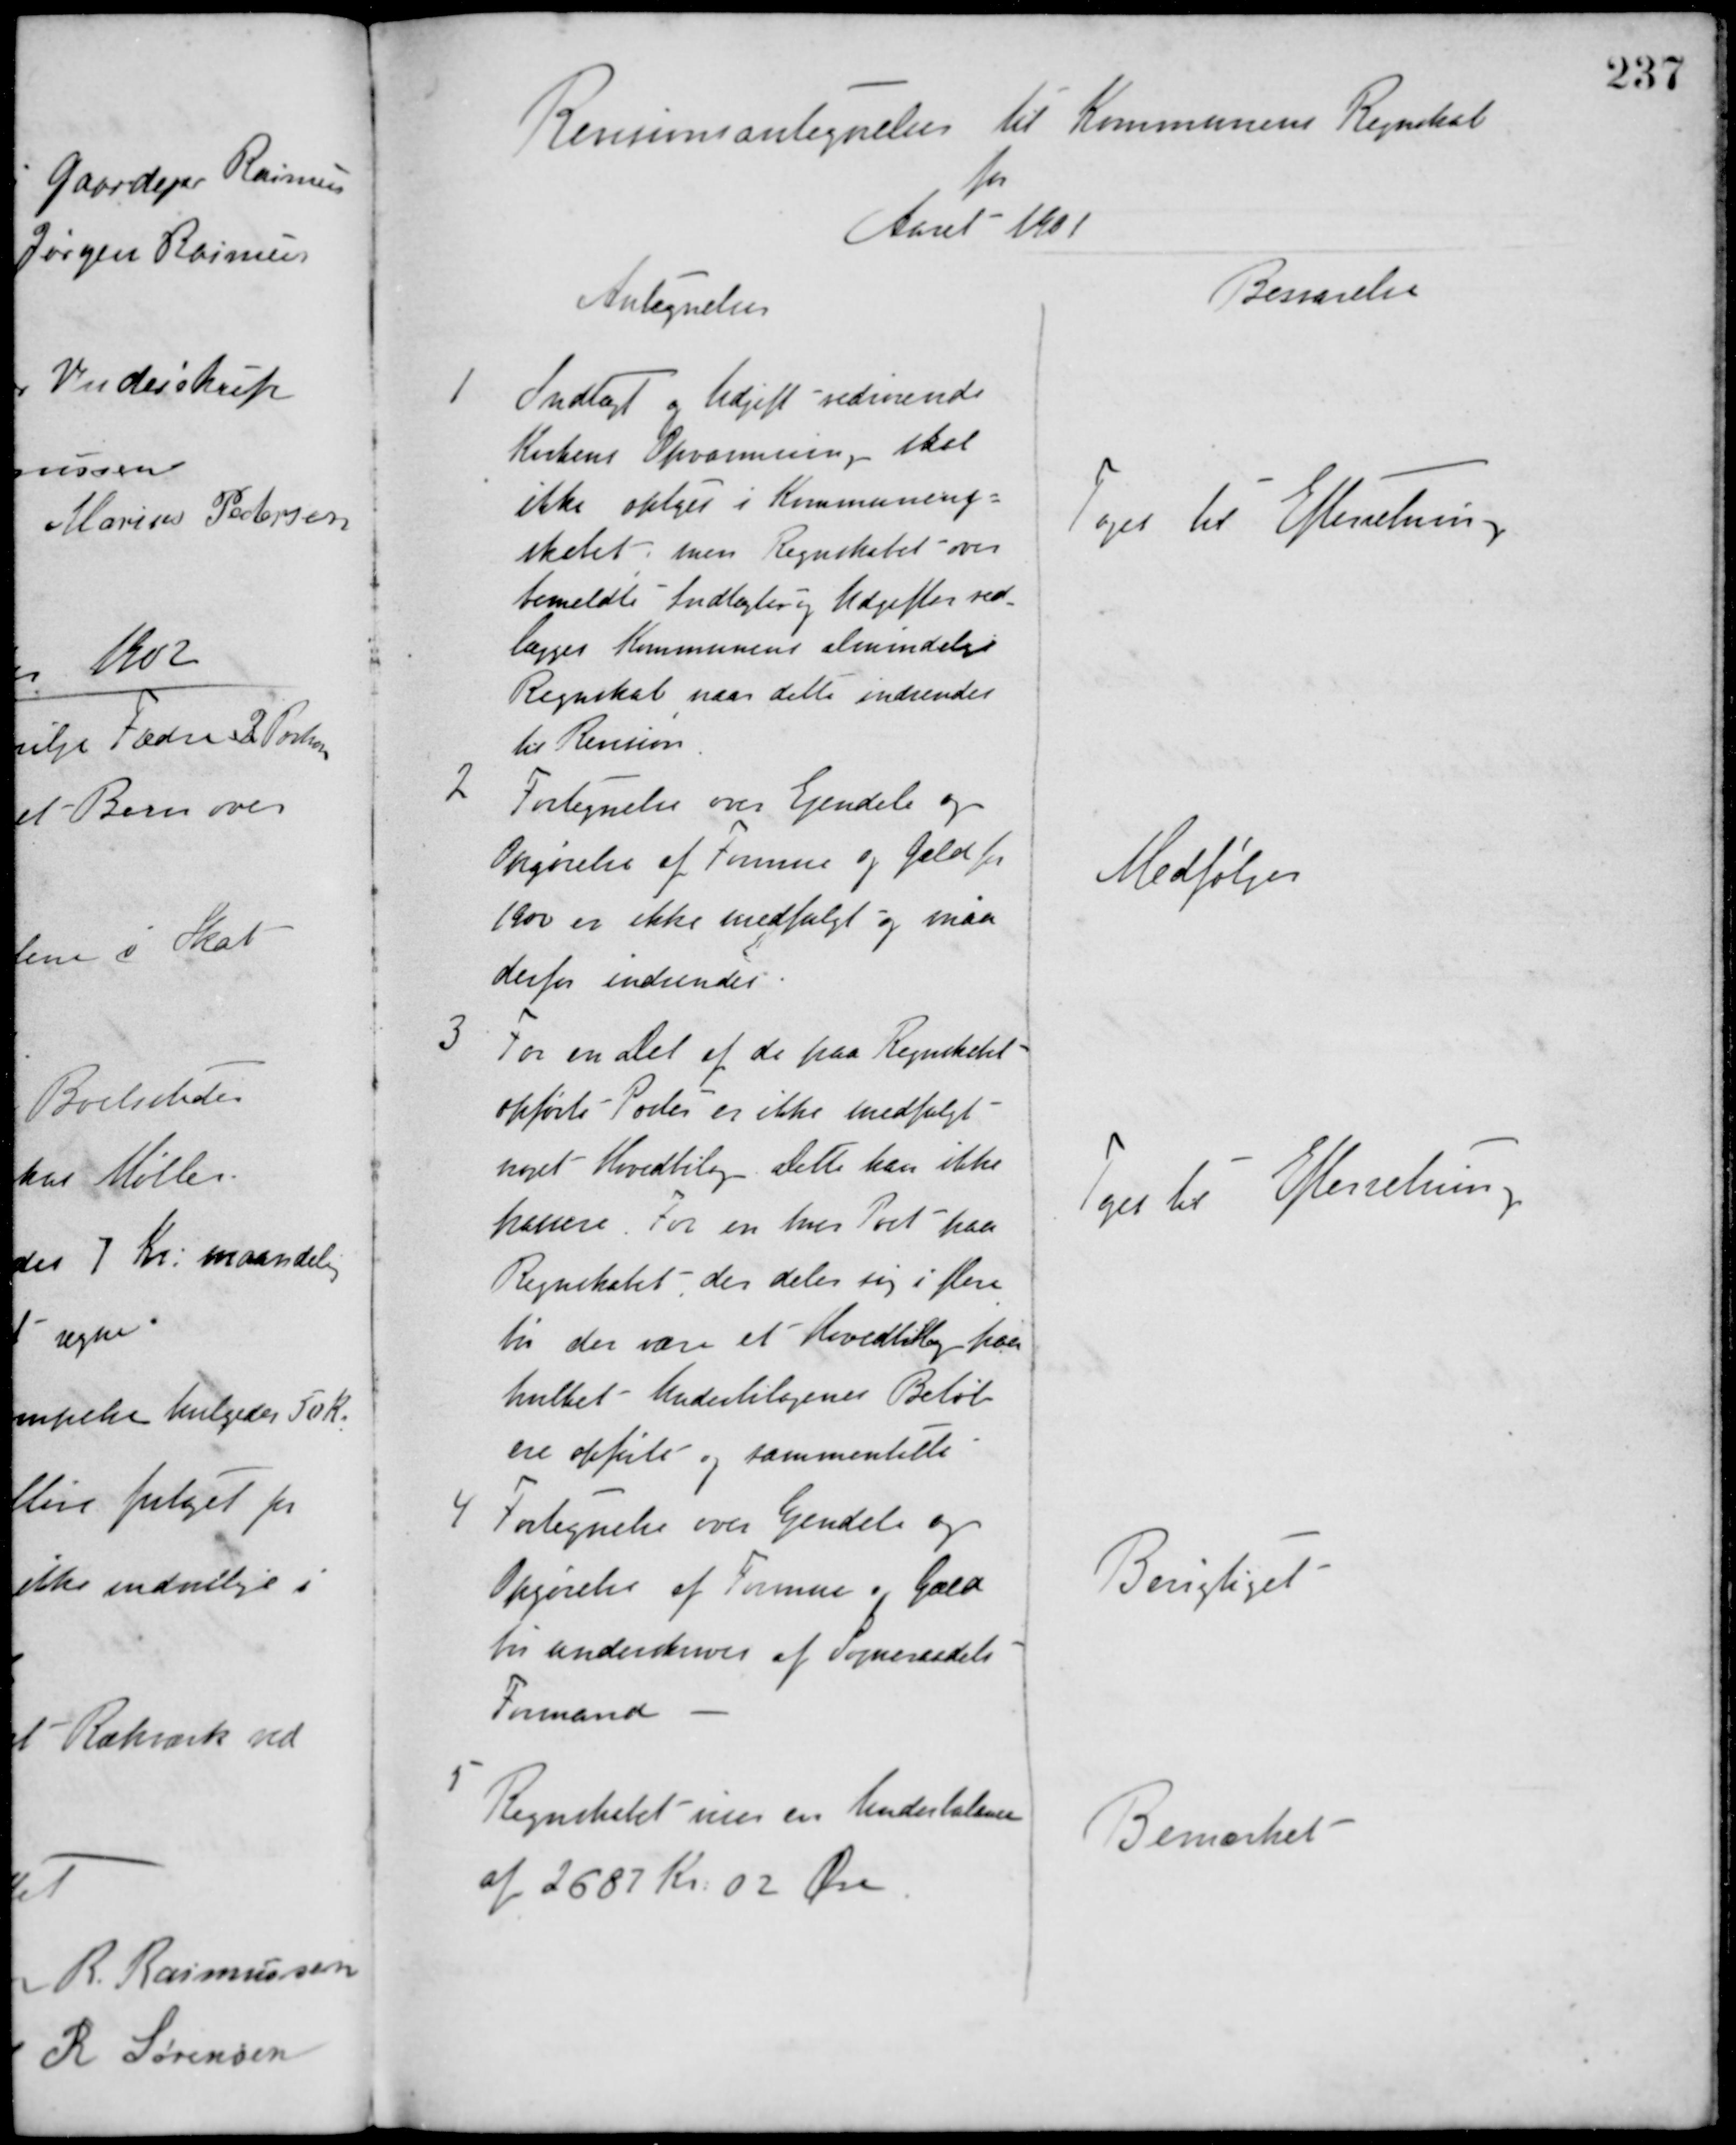
Transskription:
Revisionsantegnelser til Kommunens Regnskab
for
Aaret 1901
Antegnelser
Besvarelse
1. Indtægt og Udgift vedrørende
Kirkens Opvarmning skal
ikke oplyes i Kommuneregn-
skabet, men Regnskabet over
bemeldte Indtægter og Udgifter ved-
lægges Kommunens almindelige
Regnskab naar dette indsendes
til Revision.
Toges til Efterretning
2
Fortegnelse over Ejendele og
Opgørelse af Formue og Gæld for
1900 er ikke medfulgt og maa
derfor indsendes.
Medfølger
3 For en Del af de paa Regnskabet
opførte Poster er ikke medfulgt
noget Hovedbilag. Dette kan ikke
kassere For en hver Post paa
Regnskabet, der deler sig i flere
bør der være et Hovedbilag paa
hvilket Underbilagenes Beløb
ere opførte og sammentalte.
Toges til Efterretning
4 Fortegnelse over Ejendele og
Opgørelse af Formue og Gæld
bør underskrives af Sogneraadets
Formand.
Berigtiget
5 Regnskabet viser en Underbalance
af 2687 Kr. 02 Øre.
Bemærket